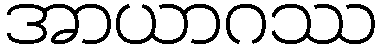
အာယာဂဿ